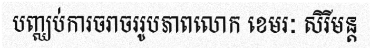
បញ្ឈប់ការចរាចររូបភាពលោក ខេមរៈ សិរីមន្ត